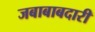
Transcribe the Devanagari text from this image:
जबाबाबदारी